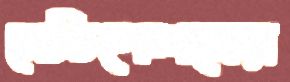
নেভিগেশনের